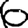
Digit: 6